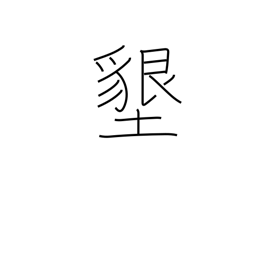
Meaning: ground-breaking